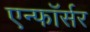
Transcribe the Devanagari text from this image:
एन्फाॅर्सर